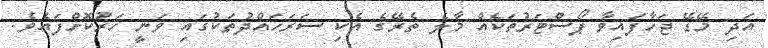
އަދި މޭޑޭ ޖަހާފައިވާ ޕޯސްޓަރުތަކެއް މާލެ ތެރޭގެ އެކި ސަރަހައްދުތަކުގައި ވަނީ ހަރުކޮށްފައެވެެ.